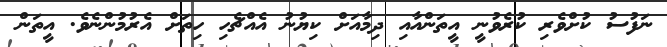
ނަފުސު ކުށްވެރި ކުރެވުނީ އީތަންއާއި ދިމާއަށް ކިޔުނު އެއްޗެހި ހިތަށް އެރުމުންނެވެ. އީތަން